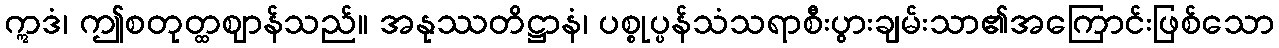
ဣဒံ၊ ဤစတုတ္ထဈာန်သည်။ အနုဿတိဋ္ဌာနံ၊ ပစ္စုပ္ပန်သံသရာစီးပွားချမ်းသာ၏အကြောင်းဖြစ်သော